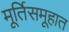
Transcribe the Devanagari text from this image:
मूर्तिसमूहात